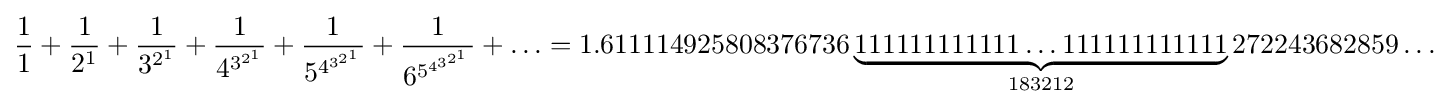
{\frac {1}{1}}+{\frac {1}{2^{1}}}+{\frac {1}{3^{2^{1}}}}+{\frac {1}{4^{3^{2^{1}}}}}+{\frac {1}{5^{4^{3^{2^{1}}}}}}+{\frac {1}{6^{5^{4^{3^{2^{1}}}}}}}+\ldots =1.611114925808376736\underbrace {111111111111\ldots 111111111111} _{183212}272243682859\ldots